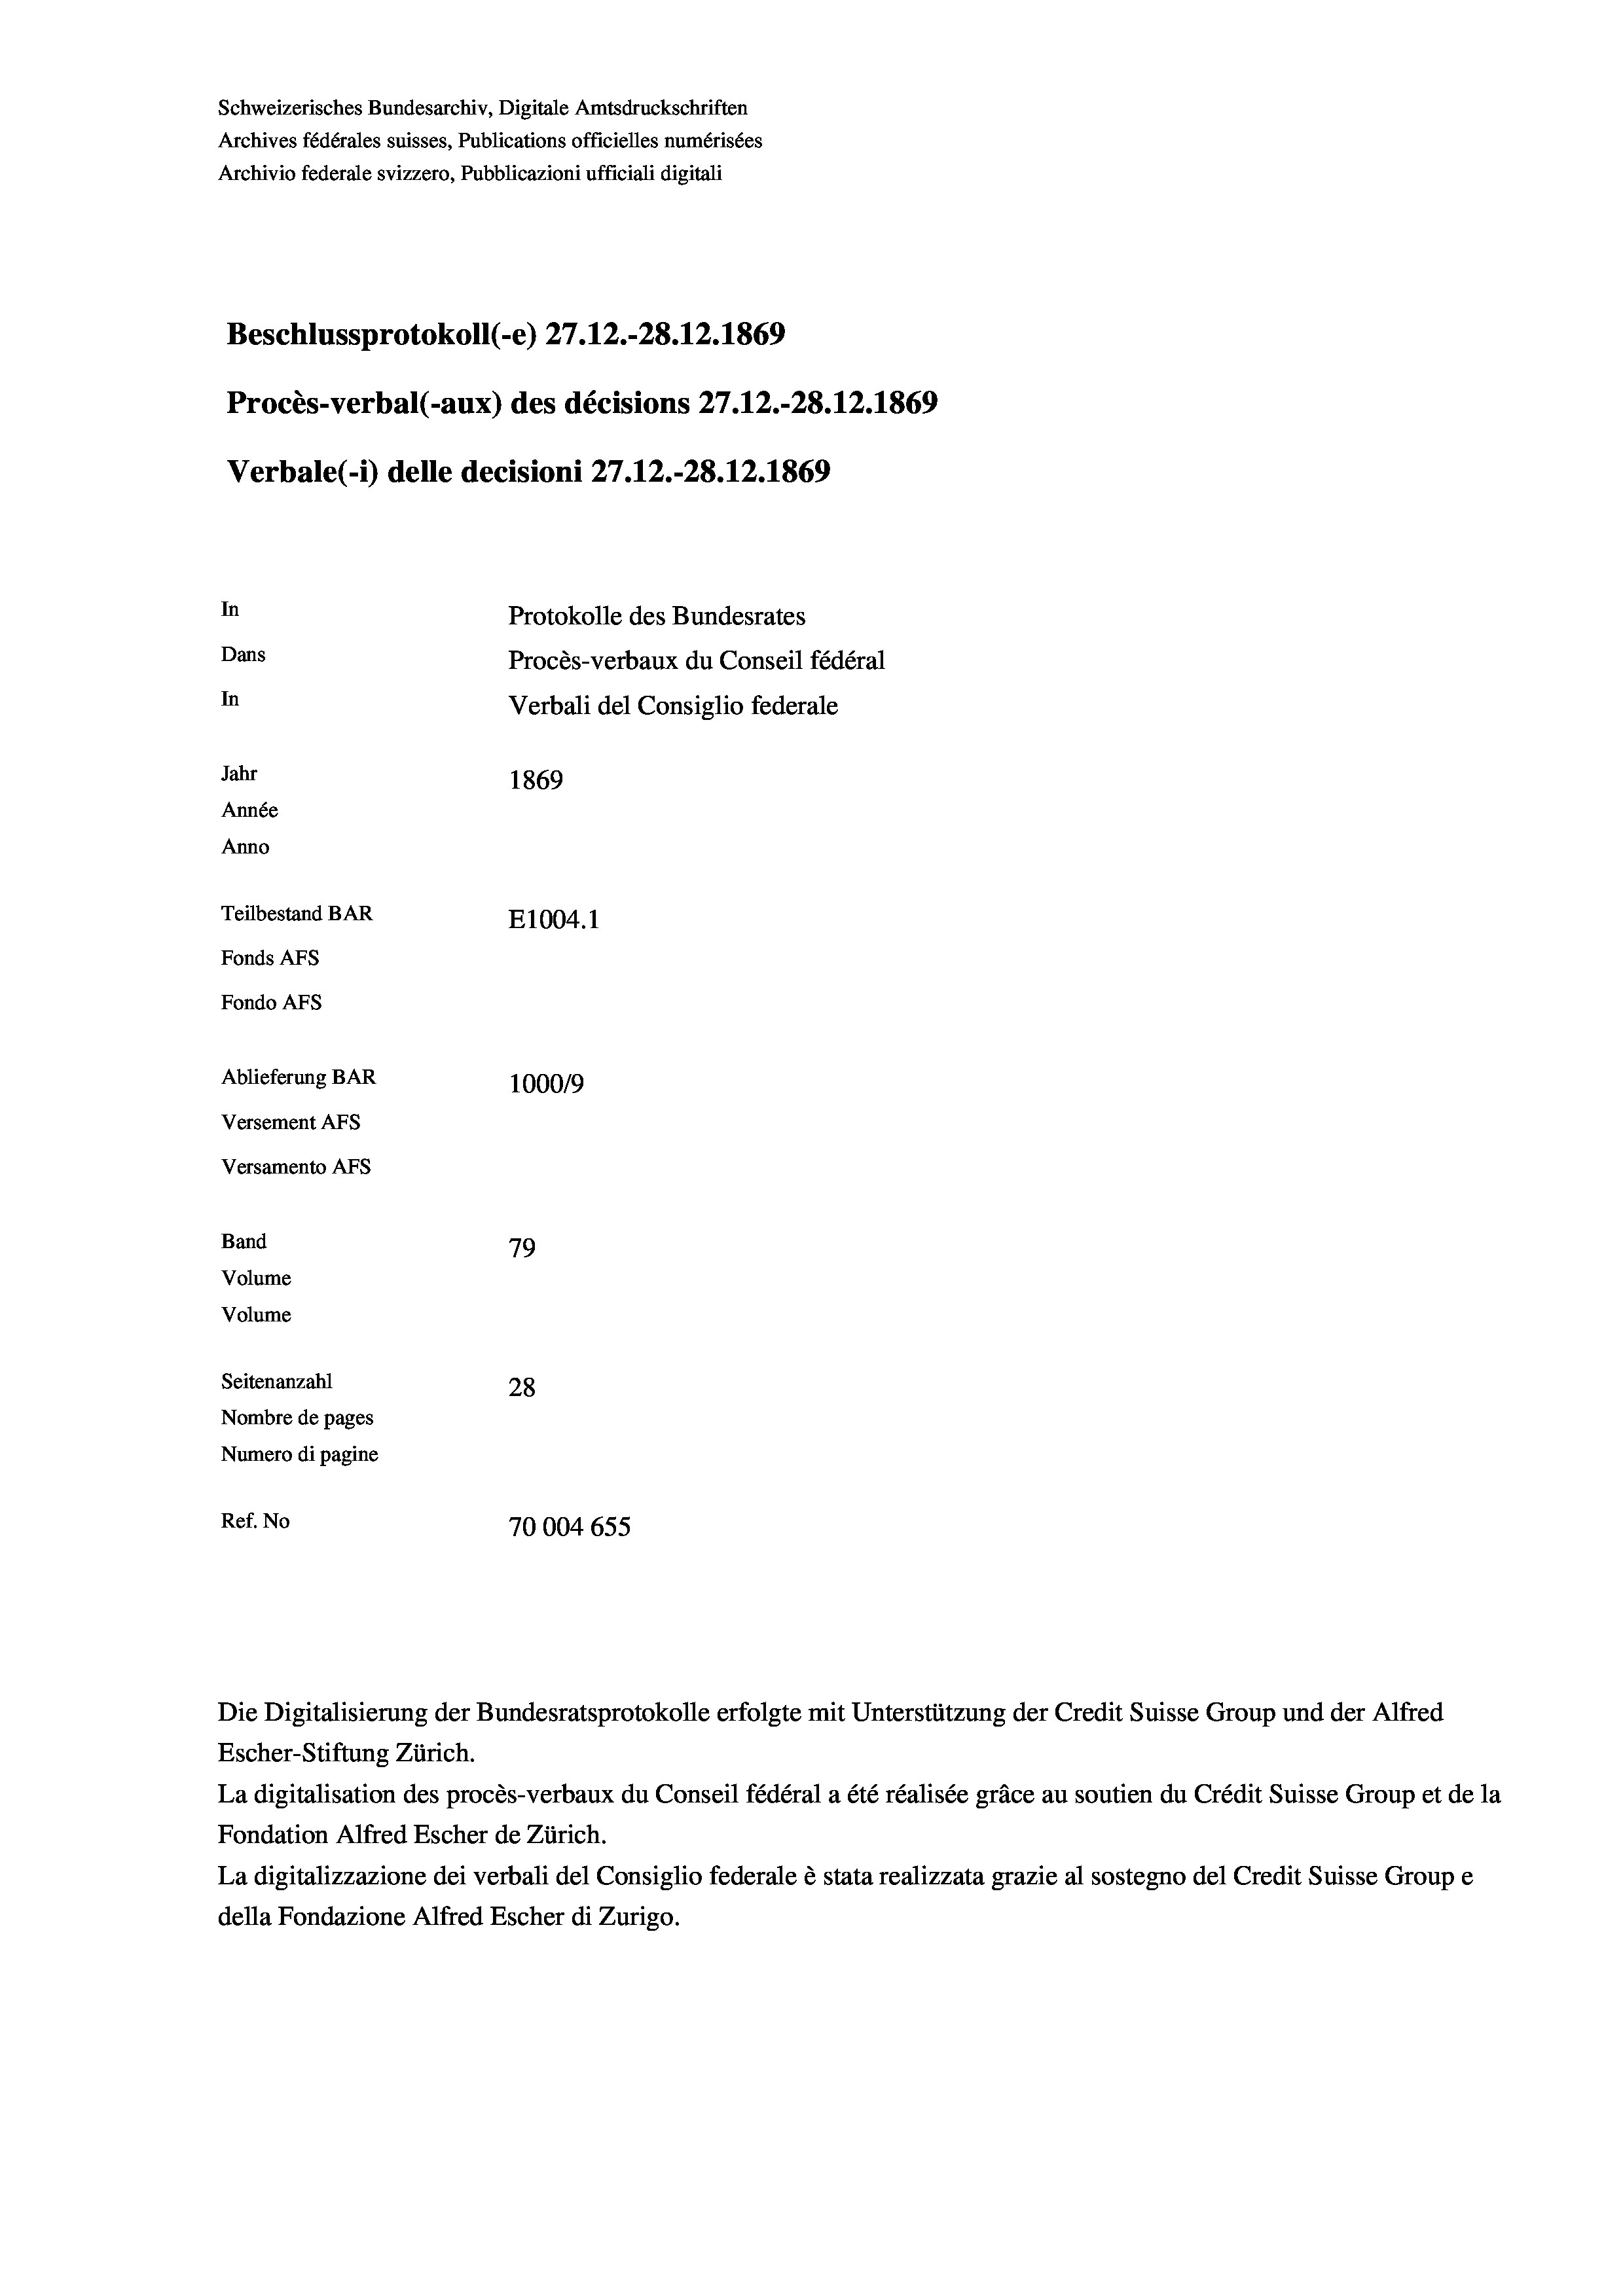
Schweizerisches Bundesarchiv, Digitale Amtsdruckschriften
Archives fédérales suisses, Publications officielles numérisées
Archivio federale svizzero, Pubblicazioni ufficiali digitali
Beschlussprotokoll (-e) 27.12.-28. 12. 1869
Procès-verbal (-aux) des décisions 27.12.-28.12.1869
Verbale(*) delle decisioni 27.12.-28.12.1869
In
Protokolle des Bundesrates
Dans
Procès-verbaux du Conseil fédéral
In
Verbali del Consiglio federale
Jahr
1869
Année
Anno
Teilbestand BAR
E1004.1
Fonds AFs
Fondo AFS
Ablieferung BAR
1000/9
Versement AFs
Versamento AFs
Band
79
Volume
Volume

Seitenanzahl
28
Nombre de pages
Numero di pagine
Ref. No
70004 655

Escher-Stiftung Zürich.
La digitalisation des procès-verbaux du Conseil fédéral a été réalisée gräce au soutien du Crédit Suisse Group et de la
Fondation Alfred Escher de Zürich.
La digitalizzazione dei verbali del Consiglio federale è stata realizzata grazie al sostegno del Credit Suisse Groupe
della Fondazione Alfred Escher di Zurigo.

Die Digitalisierung der Bundesratsprotokolle erfolgte mit Unterstützung der Credit Suisse Group und der Alfred